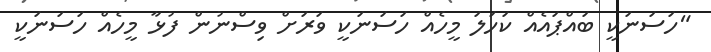
"ހަސަނަކީ ބައްޕައެއް ކަހަލަ މީހެއް ހަސަނަކީ ވަރަށް ވިސްނުން ފުޅާ މީހެއް ހަސަނަކީ